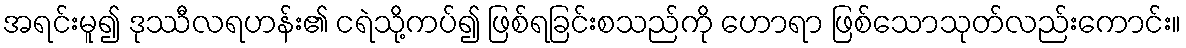
အရင်းမူ၍ ဒုဿီလရဟန်း၏ ငရဲသို့ကပ်၍ ဖြစ်ရခြင်းစသည်ကို ဟောရာ ဖြစ်သောသုတ်လည်းကောင်း။